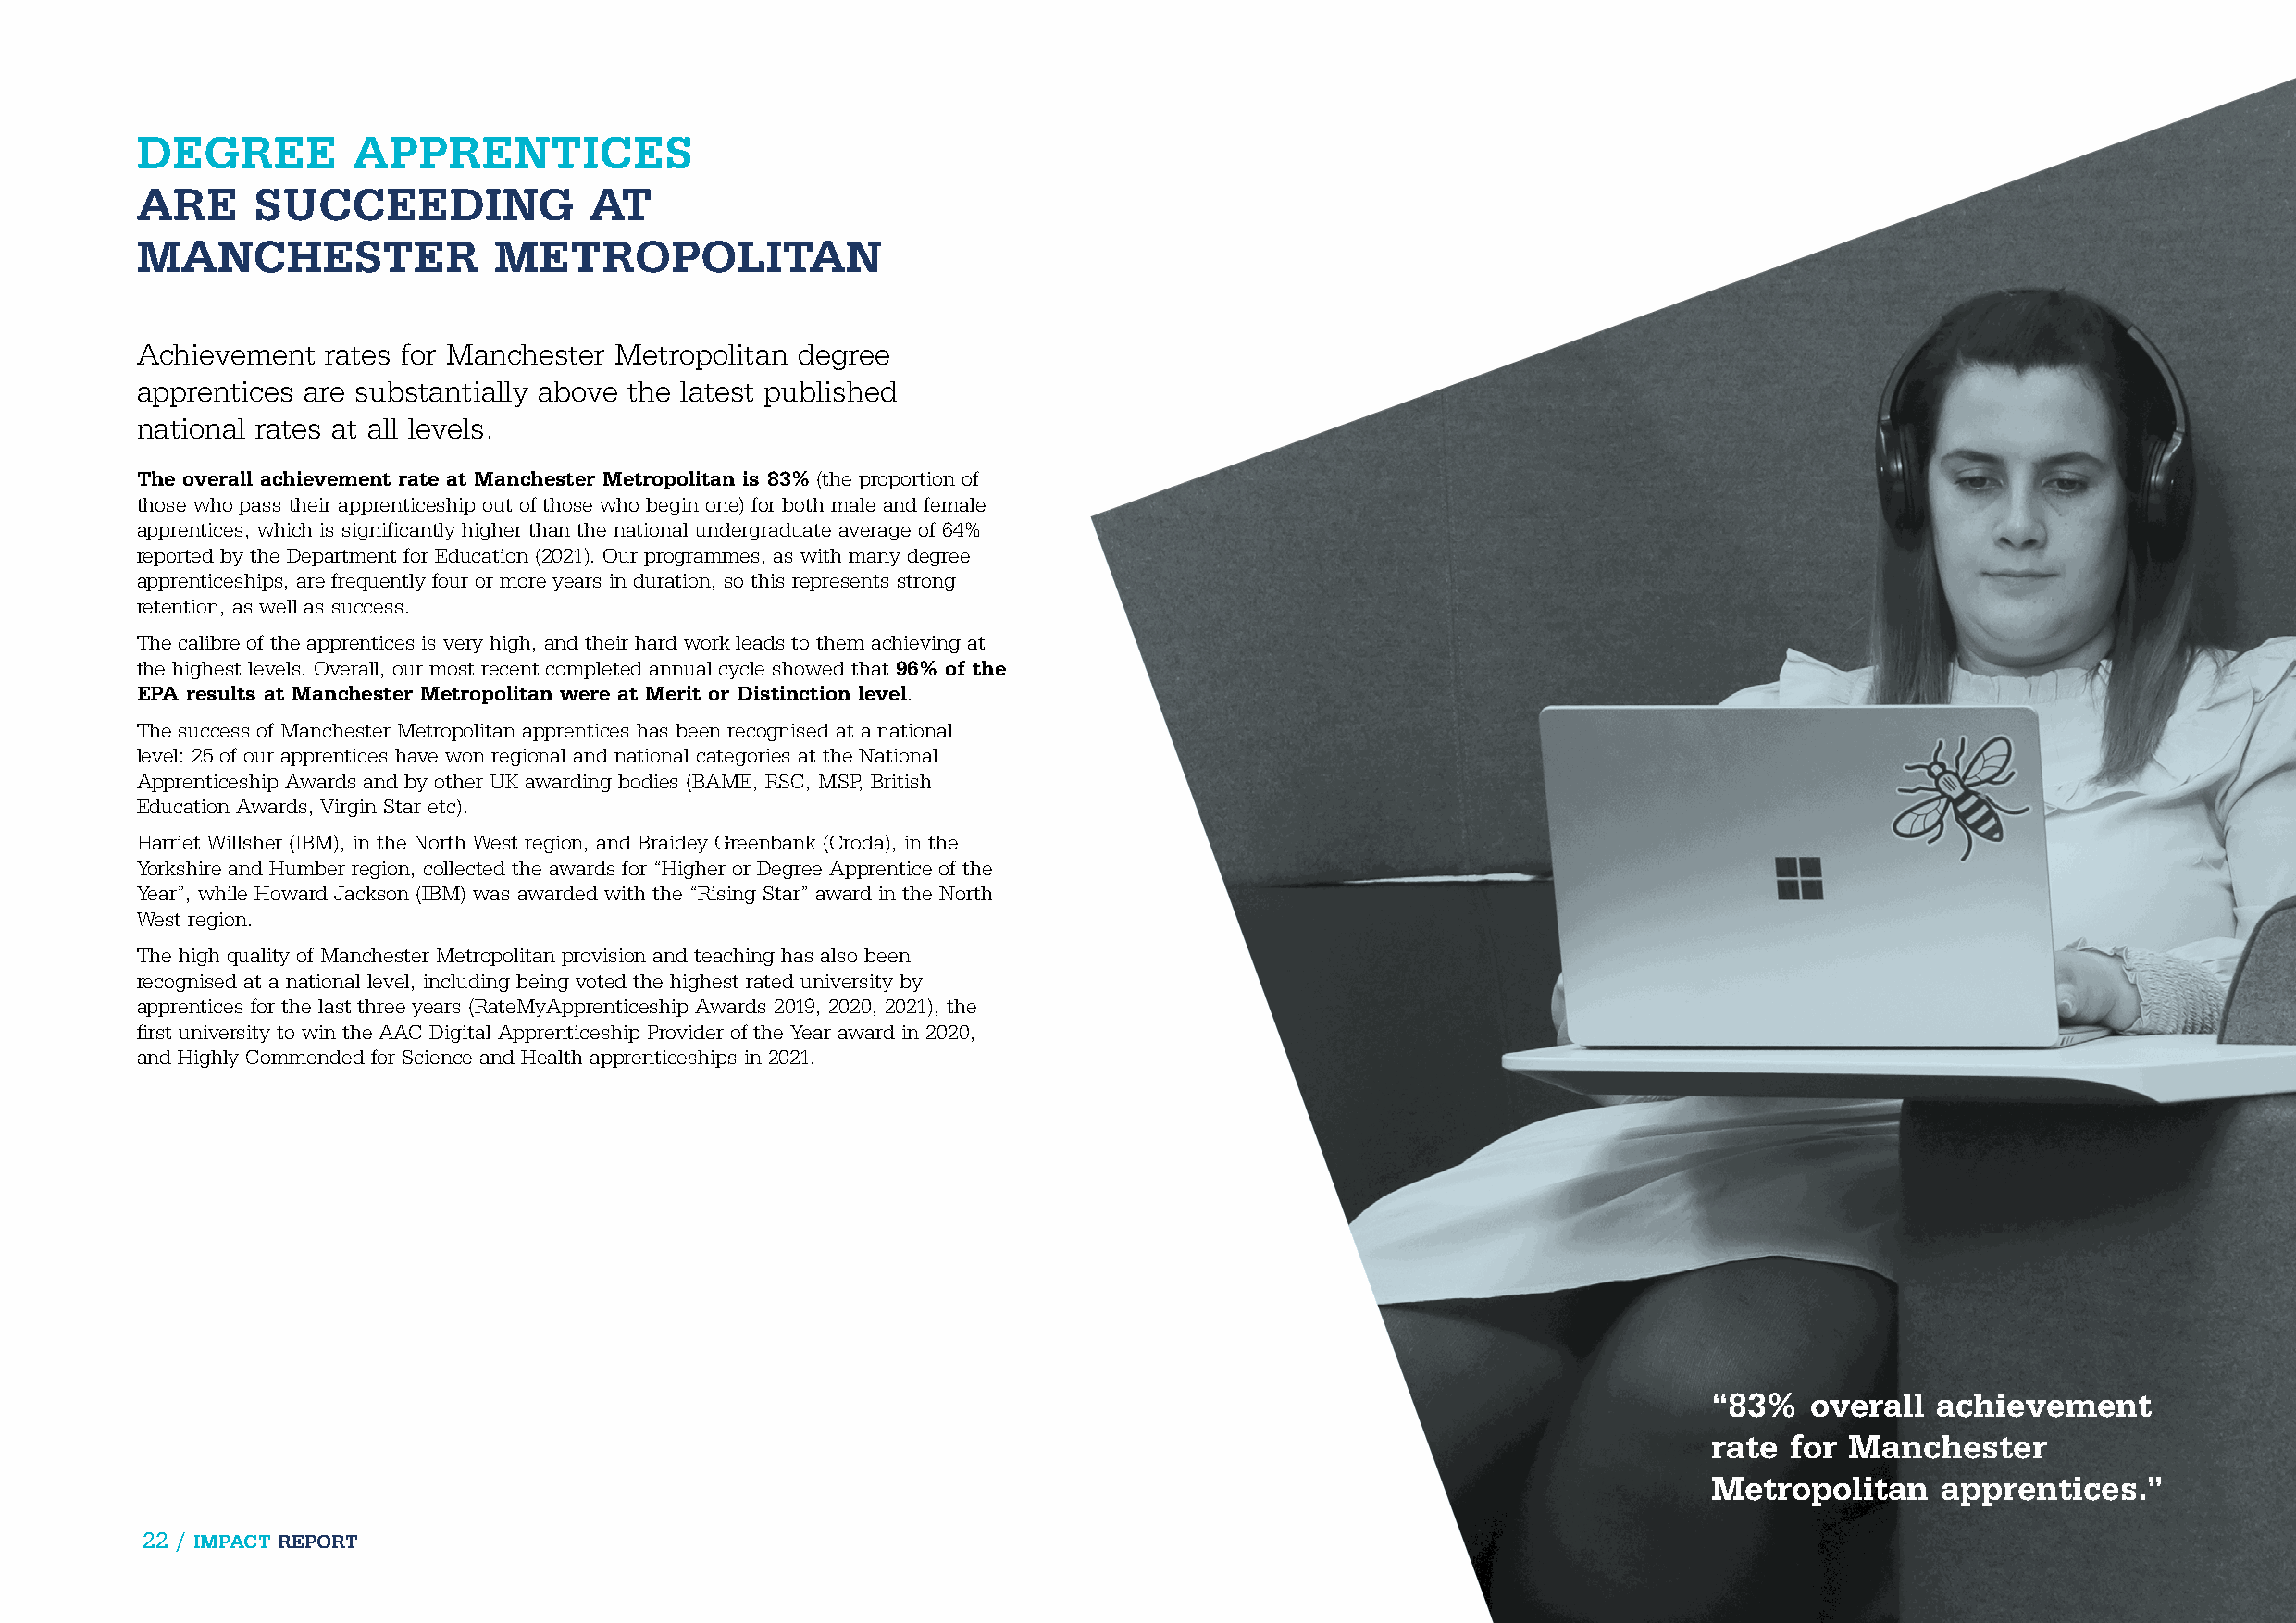
DEGREE         APPRENTICES
 ARE     SUCCEEDING              AT
 MANCHESTER               METROPOLITAN
 Achievement  rates for Manchester Metropolitan degree
 apprentices are substantially above the latest published
 national rates at all levels.
 The overall achievement rate at Manchester Metropolitan is 83% (the proportion of
 those who pass their apprenticeship out of those who begin one) for both male and female
 apprentices, which is significantly higher than the national undergraduate average of 64%
 reported by the Department for Education (2021). Our programmes, as with many degree
 apprenticeships, are frequently four or more years in duration, so this represents strong
 retention, as well as success.
 The calibre of the apprentices is very high, and their hard work leads to them achieving at
 the highest levels. Overall, our most recent completed annual cycle showed that 96% of the
 EPA results at Manchester Metropolitan were at Merit or Distinction level.
 The success of Manchester Metropolitan apprentices has been recognised at a national
 level: 25 of our apprentices have won regional and national categories at the National
 Apprenticeship Awards and by other UK awarding bodies (BAME, RSC, MSP, British
 Education Awards, Virgin Star etc).
 Harriet Willsher (IBM), in the North West region, and Braidey Greenbank (Croda), in the
 Yorkshire and Humber region, collected the awards for “Higher or Degree Apprentice of the
 Year”, while Howard Jackson (IBM) was awarded with the “Rising Star” award in the North
 West region.
 The high quality of Manchester Metropolitan provision and teaching has also been
 recognised at a national level, including being voted the highest rated university by
 apprentices for the last three years (RateMyApprenticeship Awards 2019, 2020, 2021), the
 first university to win the AAC Digital Apprenticeship Provider of the Year award in 2020,
 and Highly Commended for Science and Health apprenticeships in 2021.
 “83%    overall  achievement
 rate  for Manchester
 Metropolitan     apprentices.”
 22 / IMPACT REPORT                                                                                                               IMPACT REPORT / 23